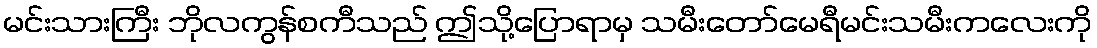
မင်းသားကြီး ဘိုလကွန်စကီသည် ဤသို့ပြောရာမှ သမီးတော်မေရီမင်းသမီးကလေးကို